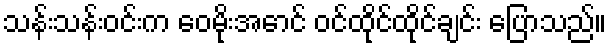
သန်းသန်းဝင်းက ဝေမိုးအောင် ဝင်ထိုင်ထိုင်ချင်း ပြောသည်။